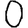
Digit: 0